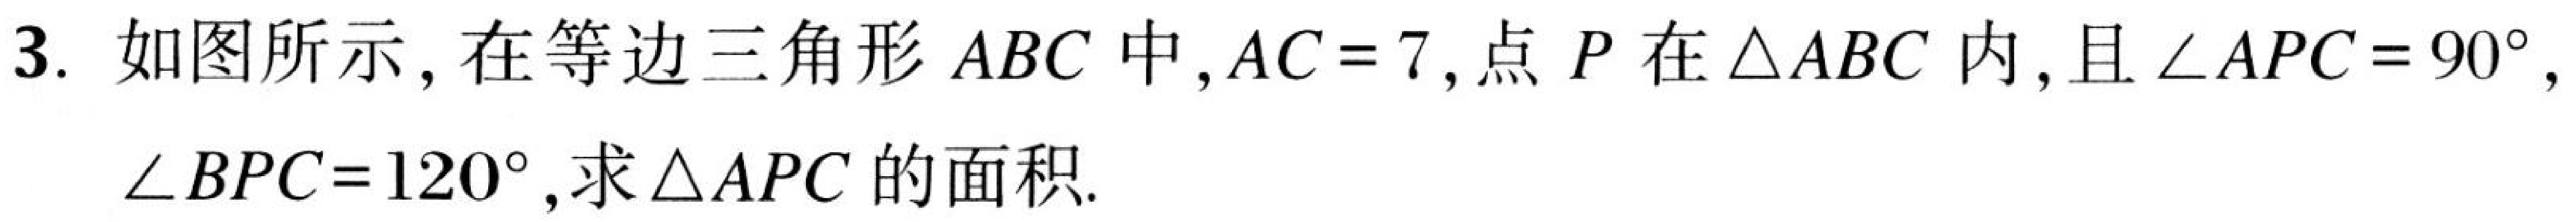
3. 如图所示, 在等边三角形 \(ABC\) 中, \(AC = 7\), 点 \(P\) 在 \(\triangle ABC\) 内,且 \(\angle APC = 90^{\circ}\), \(\angle BPC = 120^{\circ}\),求 \(\triangle APC\) 的面积.